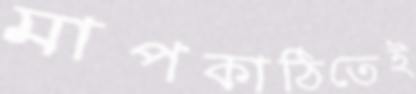
মাপকাঠিতেই